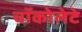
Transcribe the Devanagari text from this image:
चॉकोलेटे